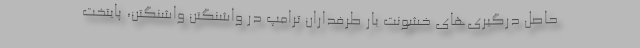
حاصل درگیری‌های خشونت بار طرفداران ترامپ در واشنگتن واشنگتن، پایتخت